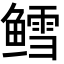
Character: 鳕